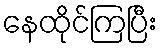
နေထိုင်ကြပြီး